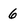
Character: 6